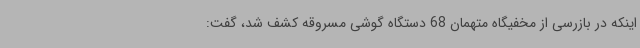
اینکه در بازرسی از مخفیگاه متهمان 68 دستگاه گوشی مسروقه کشف شد، گفت: